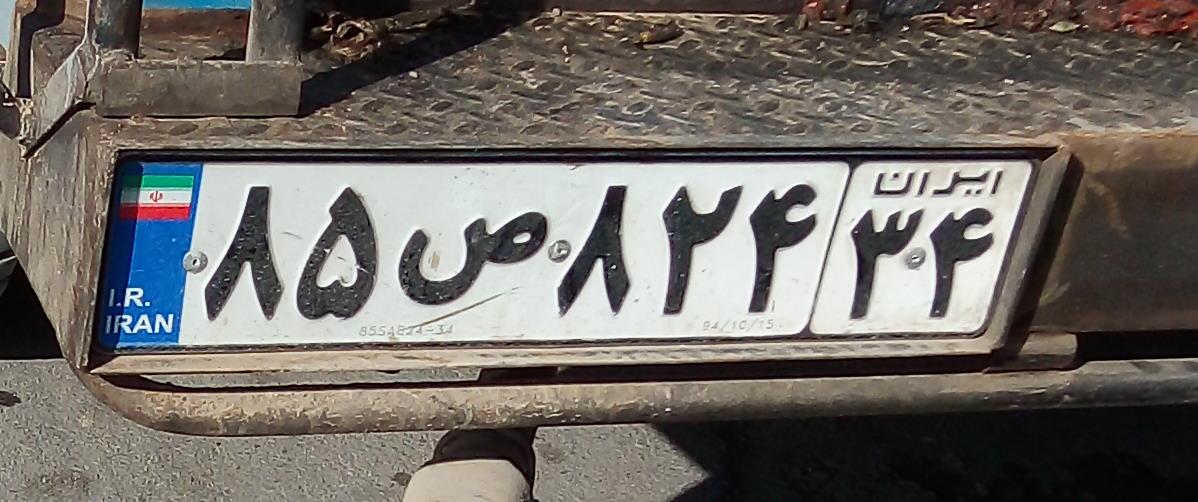
۸۵ص۸۲۴۳۴